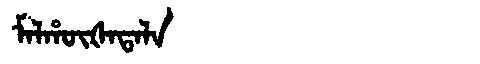
Manchu: ᠮᠠᠯᡥᡡᡧᠠᡨᠠᠯᠠ
Romanization: MALHŪŠATALA